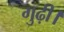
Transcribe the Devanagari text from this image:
गुढ़ी।